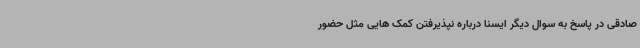
صادقی در پاسخ به سوال دیگر ایسنا درباره نپذیرفتن کمک هایی مثل حضور